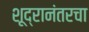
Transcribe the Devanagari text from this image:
शूद्रानंतरचा